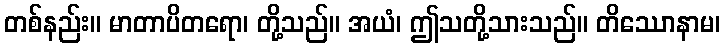
တစ်နည်း။ မာတာပိတရော၊ တို့သည်။ အယံ၊ ဤသတို့သားသည်။ တိဿောနာမ၊